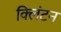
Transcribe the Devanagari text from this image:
क्‍लिंटन